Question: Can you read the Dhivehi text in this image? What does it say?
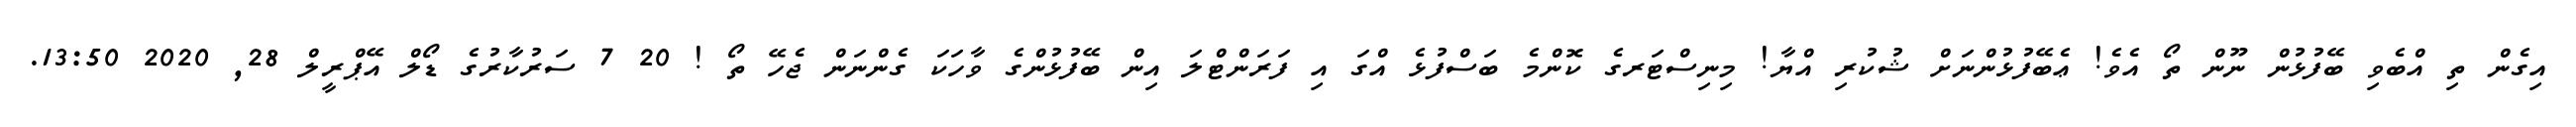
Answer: އިގެން ތި އްބެވި ބޭފުޅުން ނޫން ތޯ އެވެ! ޢެބޭފުޅުންނަށް ޝުކުރި އްޔާ! މިނިސްޓަރގެ ކޮންމެ ބަސްފުޅެ އްގަ އި ފަރަންޓްލަ އިން ބޭފުޅުންގެ ވާހަކަ ގެންނަން ޖެހޭ ތޯ ! 20 7 ސަރުކާރުގެ ޑޯލް އޭޕްރީލް 28, 2020 13:50.